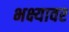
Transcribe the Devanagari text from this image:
भक्ष्यावर